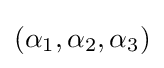
(\alpha _{1},\alpha _{2},\alpha _{3})